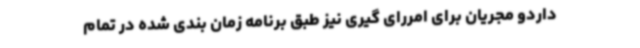
داردو مجریان برای امررای گیری نیز طبق برنامه زمان بندی شده در تمام